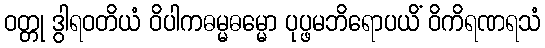
ဝတ္တု ဒွါရဝတိယံ ဝိပါကဓမ္မဓမ္မော ပုပ္ဖမဘိရောပယိံ ဝိကိရဏရသံ